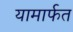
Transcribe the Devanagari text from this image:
यामार्फत